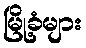
မြို့ခံများ